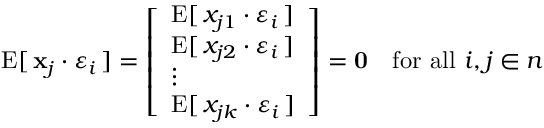
\operatorname { E } [ \, \mathbf { x } _ { j } \cdot \varepsilon _ { i } \, ] = { \left[ \begin{array} { l } { \operatorname { E } [ \, { x } _ { j 1 } \cdot \varepsilon _ { i } \, ] } \\ { \operatorname { E } [ \, { x } _ { j 2 } \cdot \varepsilon _ { i } \, ] } \\ { \vdots } \\ { \operatorname { E } [ \, { x } _ { j k } \cdot \varepsilon _ { i } \, ] } \end{array} \right] } = \mathbf { 0 } \quad { \mathrm { f o r ~ a l l ~ } } i , j \in n